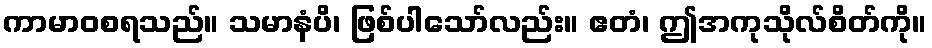
ကာမာဝစရသည်။ သမာနံပိ၊ ဖြစ်ပါသော်လည်း။ ဧတံ၊ ဤအကုသိုလ်စိတ်ကို။